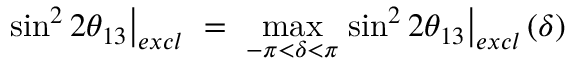
\left. \sin ^ { 2 } 2 \theta _ { 1 3 } \right| _ { e x c l } \ = \ \operatorname * { m a x } _ { - \pi < \delta < \pi } \left. \sin ^ { 2 } 2 \theta _ { 1 3 } \right| _ { e x c l } ( \delta )